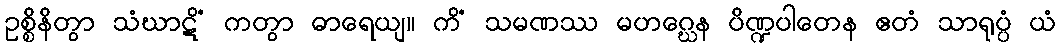
ဥစ္စိနိတွာ သံဃာဋိံ ကတွာ ဓာရေယျ။ ကိံ သမဏဿ မဟဂ္ဃေန ပိဏ္ဍပါတေန ဧတံ သာရုပ္ပံ ယံ